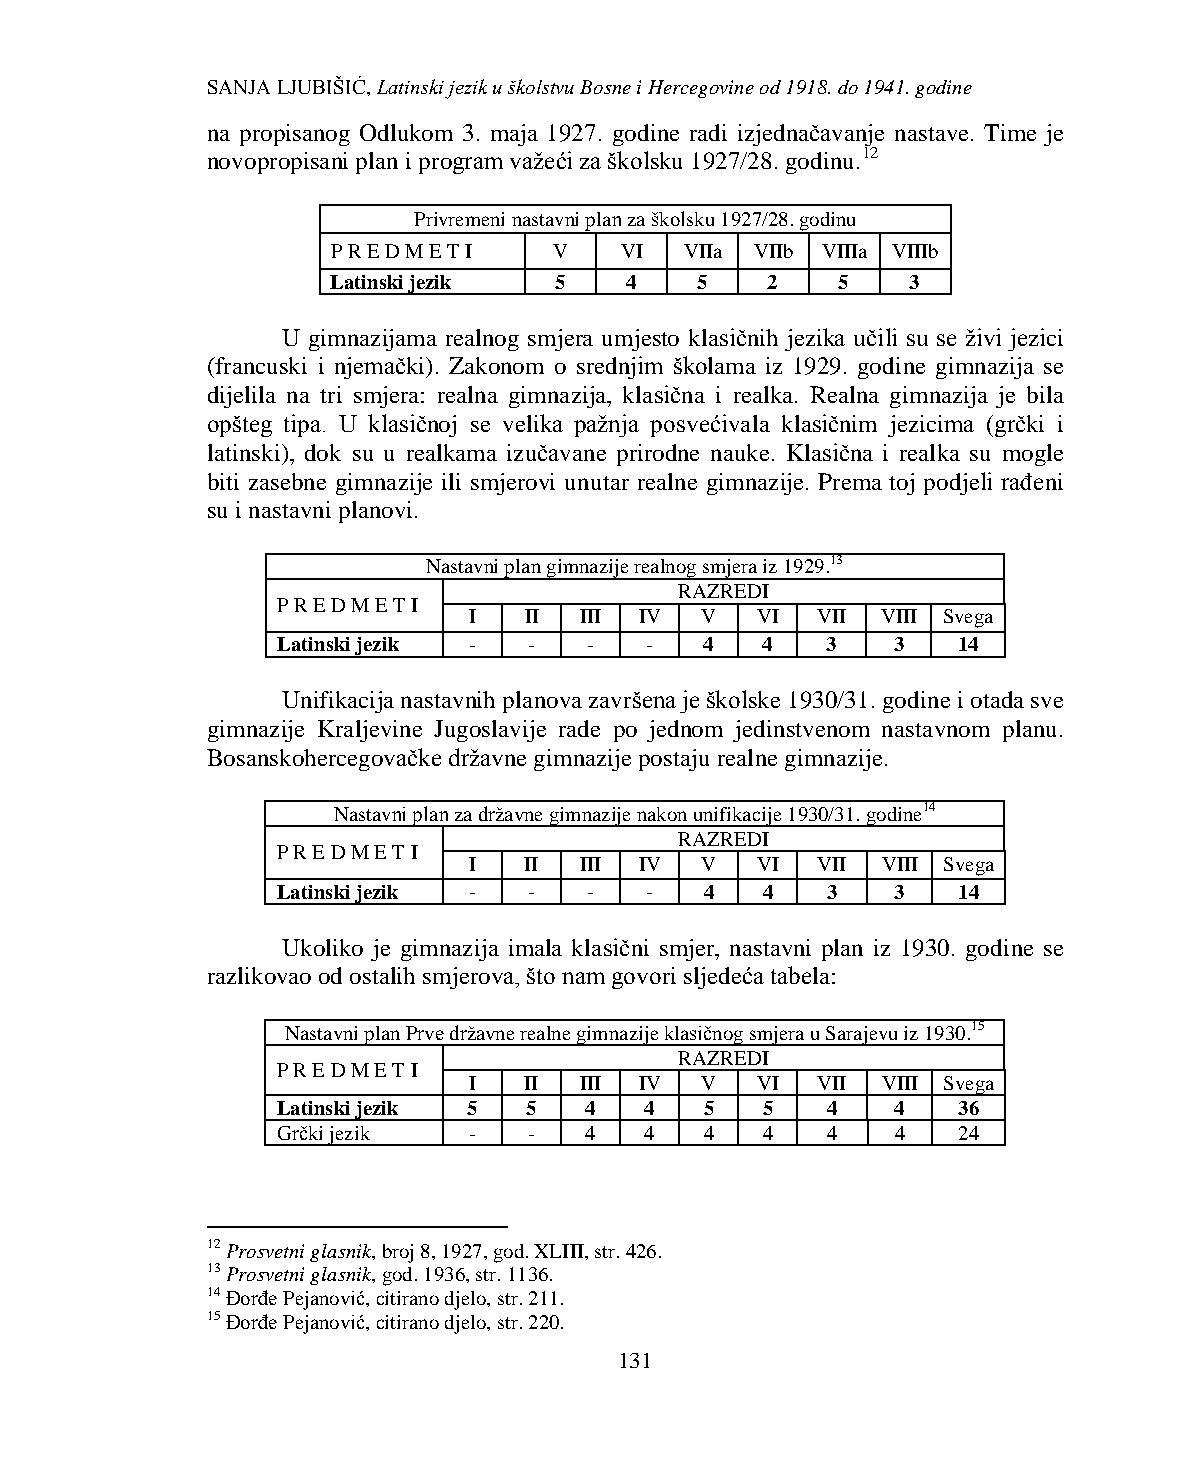
SANJA LJUBIŠIĆ, Latinski jezik u školstvu Bosne i Hercegovine od 1918. do 1941. godine
 na propisanog Odlukom 3. maja 1927. godine radi izjednačavanje nastave. Time je
 novopropisani plan i program važeći za školsku 1927/28. godinu.12
 Privremeni nastavni plan za školsku 1927/28. godinu
 P R E D M E T I V  VI  VIIa VIIb VIIIa VIIIb
 Latinski jezik 5   4    5    2   5    3
 U gimnazijama realnog smjera umjesto klasičnih jezika učili su se živi jezici
 (francuski i njemački). Zakonom o srednjim školama iz 1929. godine gimnazija se
 dijelila na tri smjera: realna gimnazija, klasična i realka. Realna gimnazija je bila
 opšteg tipa. U klasičnoj se velika pažnja posvećivala klasičnim jezicima (grčki i
 latinski), dok su u realkama izučavane prirodne nauke. Klasična i realka su mogle
 biti zasebne gimnazije ili smjerovi unutar realne gimnazije. Prema toj podjeli rađeni
 su i nastavni planovi.
 Nastavni plan gimnazije realnog smjera iz 1929.13
 RAZREDI
 P R E D M E T I
 I   II III IV  V   VI  VII VIII Svega
 Latinski jezik - -   -   -   4  4    3   3   14
 Unifikacija nastavnih planova završena je školske 1930/31. godine i otada sve
 gimnazije Kraljevine Jugoslavije rade po jednom jedinstvenom nastavnom planu.
 Bosanskohercegovačke državne gimnazije postaju realne gimnazije.
 Nastavni plan za državne gimnazije nakon unifikacije 1930/31. godine14
 RAZREDI
 P R E D M E T I
 I   II III IV  V   VI  VII VIII Svega
 Latinski jezik - -   -   -   4  4    3   3   14
 Ukoliko je gimnazija imala klasični smjer, nastavni plan iz 1930. godine se
 razlikovao od ostalih smjerova, što nam govori sljedeća tabela:
 Nastavni plan Prve državne realne gimnazije klasičnog smjera u Sarajevu iz 1930.15
 RAZREDI
 P R E D M E T I
 I   II III IV  V   VI  VII VIII Svega
 Latinski jezik 5 5   4   4   5  5    4   4   36
 Grčki jezik  -   -   4   4   4  4    4   4   24
 12 Prosvetni glasnik, broj 8, 1927, god. XLIII, str. 426.
 13 Prosvetni glasnik, god. 1936, str. 1136.
 14 Đorđe Pejanović, citirano djelo, str. 211.
 15 Đorđe Pejanović, citirano djelo, str. 220.
 131